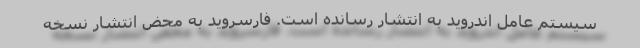
سیستم عامل اندروید به انتشار رسانده است. فارسروید به محض انتشار نسخه